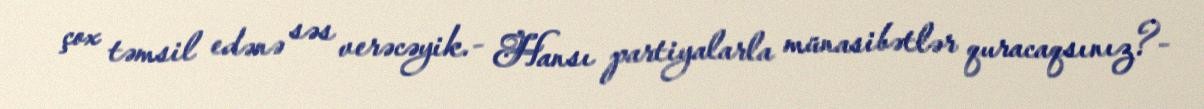
çox təmsil edənə səs verəcəyik.- Hansı partiyalarla münasibətlər quracaqsınız?-